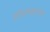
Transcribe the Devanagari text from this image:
नेरुरला